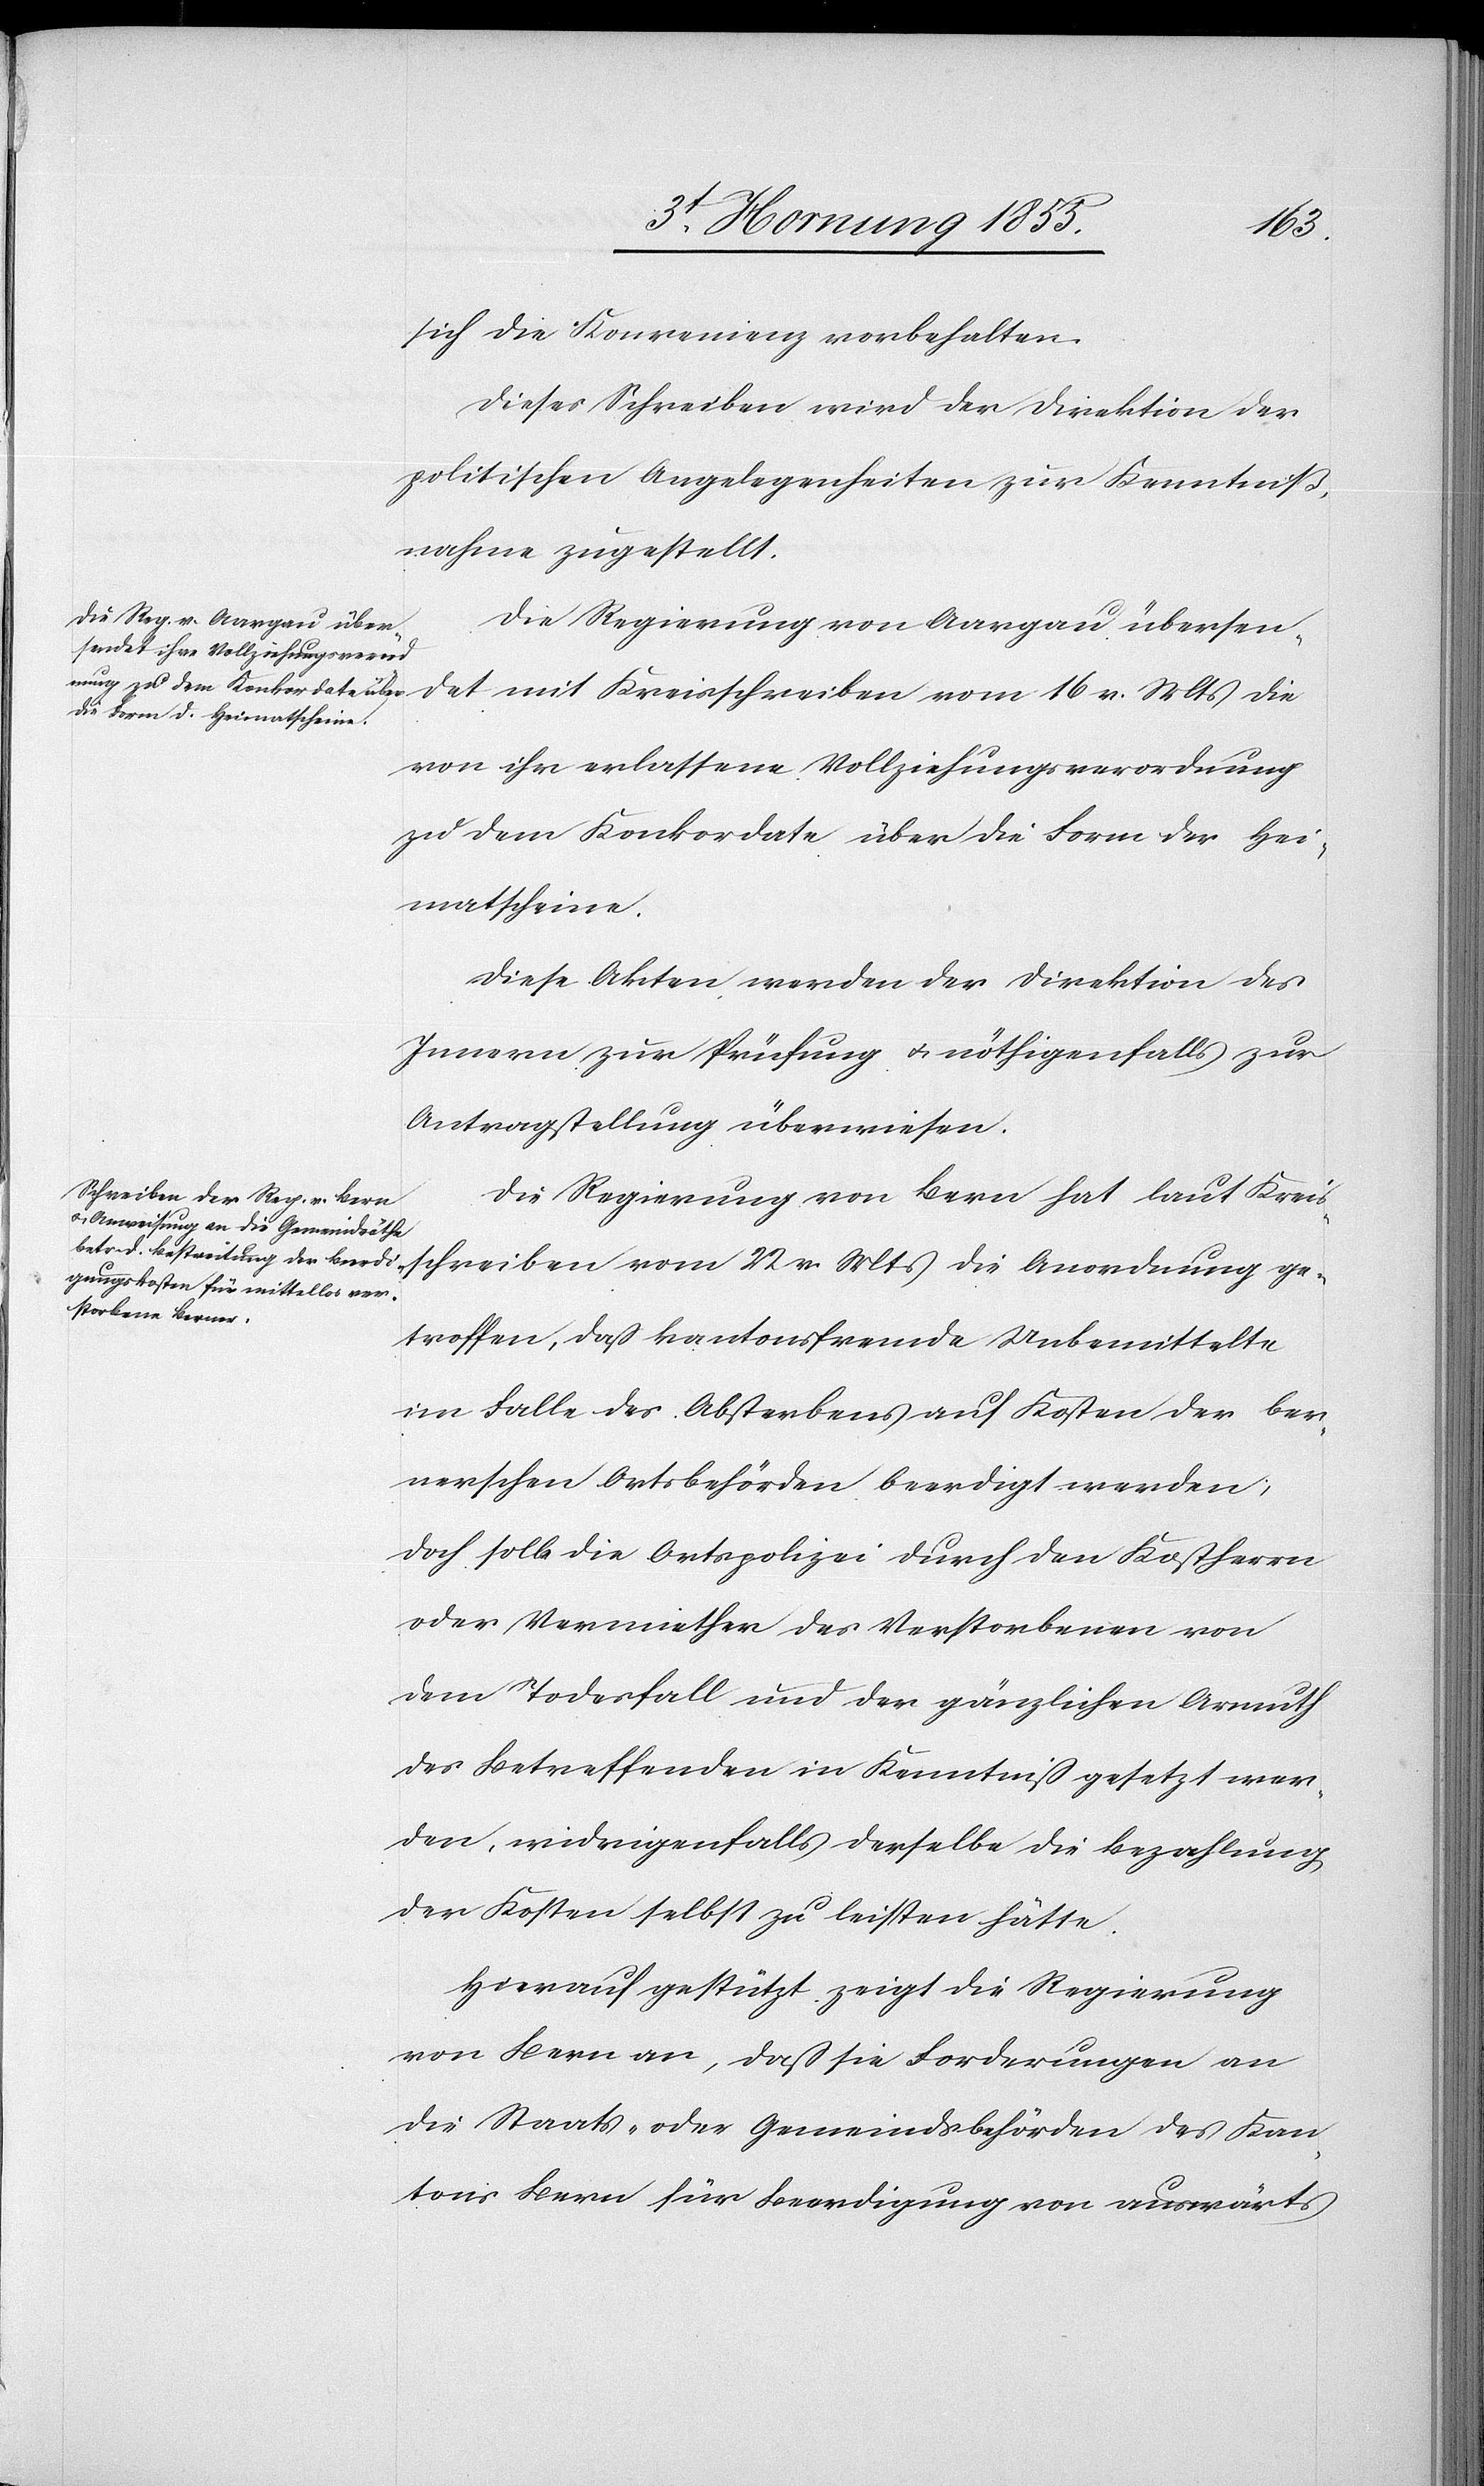
sich die Konvenienz vorbehalten.
Dieses Schreiben wird der Direktion der
politischen Angelegenheiten zur Kenntniß¬
nahme zugestellt.
Die Regierung von Aargau übersendet
von ihr erlassene Vollziehungsverordnung
zu dem Konkordate über die Form der Hei¬
matscheine.
Diese Akten werden der Direktion des
Innern zur Prüfung & nöthigenfalls zur
Antragstellung überwiesen.
Die Regierung von Bern hat laut Kreis¬
schreiben vom 22 v. Mts die Anordnung ge¬
troffen, dass kantonsfremde Unbemittelte
im Falle des Absterbens auf Kosten der ber¬
nerschen Ortsbehörden beerdigt werden;
doch solle die Ortspolizei durch den Kostherrn
oder Vermiether des Verstorbenen von
dem Todesfall und der gänzlichen Armuth
des Betreffenden in Kenntniß gesetzt wer¬
den, widrigenfalls derselbe die Bezahlung
der Kosten selbst zu leisten hätte.
Hierauf gestützt zeigt die Regierung
von Bern an, dass sie Forderungen an
die Staats- oder Gemeindsbehörden des Kan¬
tons Bern für Beerdigung von auswärts